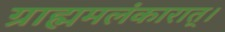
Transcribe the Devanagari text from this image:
ग्राह्ममलंकारात्।